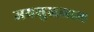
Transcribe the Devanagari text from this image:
जयसुखलाल